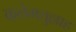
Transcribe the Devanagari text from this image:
कलेमतुल्लाह